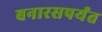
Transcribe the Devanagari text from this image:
बनारसपर्यंत